Vaccination in Bombay 1869-1873 - 1869-1873
Year: 1869
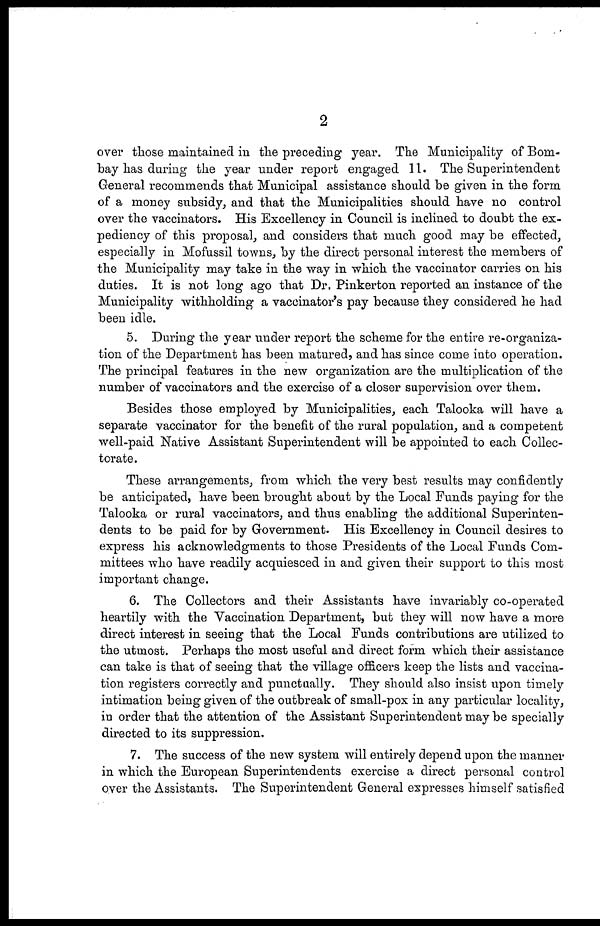
2
over those maintained in the preceding year. The Municipality of Bom-
bay has during the year under report engaged 11. The Superintendent
General recommends that Municipal assistance should be given in the form
of a money subsidy, and that the Municipalities should have no control
over the vaccinators. His Excellency in Council is inclined to doubt the ex-
pediency of this proposal, and considers that much good may be effected,
especially in Mofussil towns, by the direct personal interest the members of
the Municipality may take in the way in which the vaccinator carries on his
duties. It is not long ago that Dr. Pinkerton reported an instance of the
Municipality withholding a vaccinator's pay because they considered he had
been idle.
5. During the year under report the scheme for the entire re-organiza-
tion of the Department has been matured, and has since come into operation.
The principal features in the new organization are the multiplication of the
number of vaccinators and the exercise of a closer supervision over them.
Besides those employed by Municipalities, each Talooka will have a
separate vaccinator for the benefit of the rural population, and a competent
well-paid Native Assistant Superintendent will be appointed to each Collec¬
torate.
These arrangements, from which the very best results may confidently
be anticipated, have been brought about by the Local Funds paying for the
Talooka or rural vaccinators, and thus enabling the additional Superinten-
dents to be paid for by Government. His Excellency in Council desires to
express his acknowledgments to those Presidents of the Local Funds Com-
mittees who have readily acquiesced in and given their support to this most
important change.
6. The Collectors and their Assistants have invariably co-operated
heartily with the Vaccination Department, but they will now have a more
direct interest in seeing that the Local Funds contributions are utilized to
the utmost. Perhaps the most useful and direct form which their assistance
can take is that of seeing that the village officers keep the lists and vaccina-
tion registers correctly and punctually. They should also insist upon timely
intimation being given of the outbreak of small-pox in any particular locality,
in order that the attention of the Assistant Superintendent may be specially
directed to its suppression.
7. The success of the new system will entirely depend upon the manner
in which the European Superintendents exercise a direct personal control
over the Assistants. The Superintendent General expresses himself satisfied